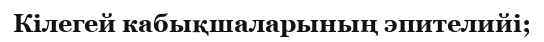
Кілегей кабықшаларының эпителийі;